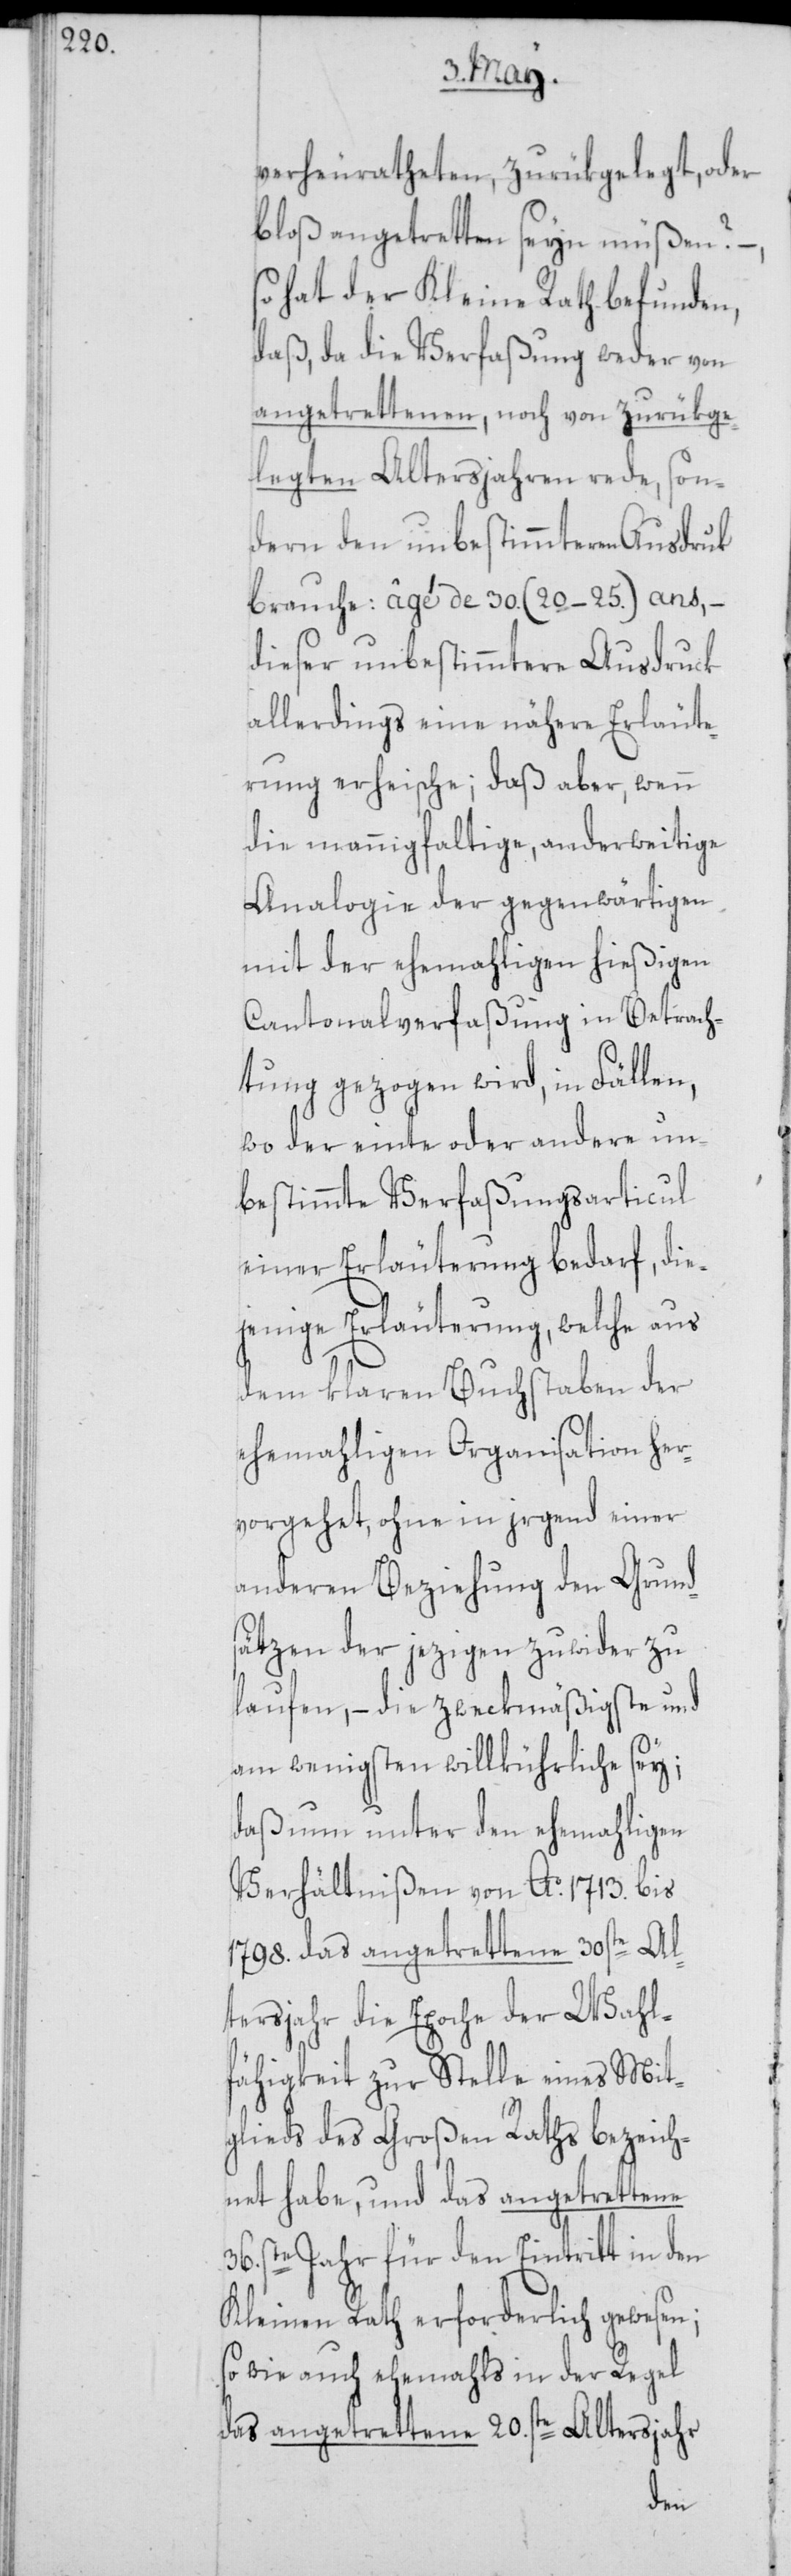
verheuratheten, zurükgelegt, oder
bloß angetretten seyn müßen?
so hat der Kleine Rath befunden,
daß, da die Verfaßung weder von
angetrettenen, noch von zurükge¬
legten Altersjahren rede, son¬
dern den unbestimmteren Ausdruk
brauche: âgé de 30. (20–25.) ans, –
dieser unbestimmtere Ausdruck
allerdings eine nähere Erläute¬
rung erheische; daß aber, wenn
die mannigfaltige, anderweitige
Analogie der gegenwärtigen
mit der ehemahligen hießigen
Cantonalverfaßung in Betrach¬
tung gezogen wird, in Fällen,
wo der einte oder andere un¬
bestimmte Verfaßungsarticul
einer Erläuterung bedarf, die¬
jenige Erläuterung, welche aus
dem klaren Buchstaben der
ehemahligen Organisation her¬
vorgehet, ohne in irgend einer
anderen Beziehung den Grunds¬
ätzen der jezigen zuwider zu
laufen, – die zweckmäßigste und
am wenigsten willkührliche sey;
daß nun unter den ehemahligen
Verhältnißen von Ao. 1713. bis
1798. das angetrettene 30ste Al¬
tersjahr die Epoche der Wahl¬
fähigkeit zur Stelle eines Mit¬
glieds des Großen Raths bezeich¬
net habe, und das angetrettene
36ste. Jahr für den Eintritt in den
Kleinen Rath erforderlich gewesen;
so wie auch ehemahls in der Regel
das angetrettene 20ste. Altersjahr